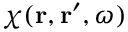
\chi ( { \bf r } , { \bf r } ^ { \prime } , \omega )